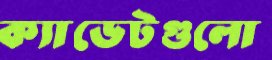
ক্যাডেটগুলো